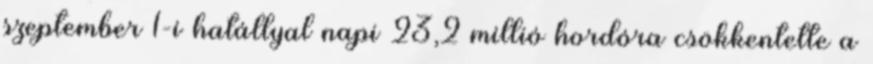
szeptember 1-i hatállyal napi 23,2 millió hordóra csökkentette a